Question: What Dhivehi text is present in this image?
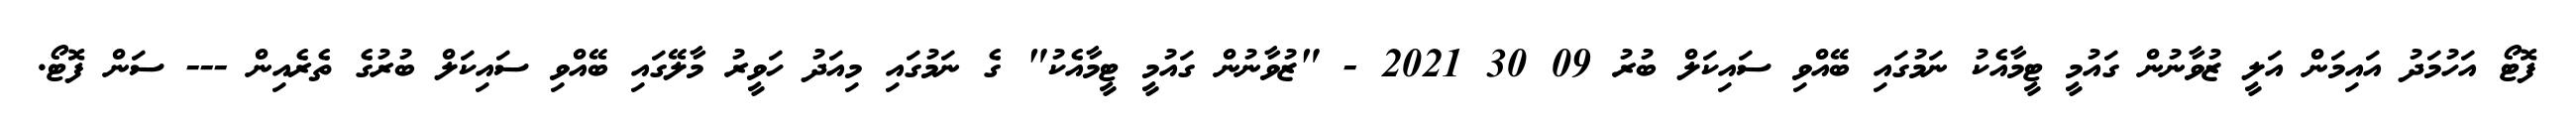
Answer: ފޮޓޯ އަހުމަދު އައިމަން އަލީ ޒުވާނުން ގައުމީ ޓީމާއެކު ނަމުގައި ބޭއްވި ސައިކަލް ބުރު 09 30 2021 - "ޒުވާނުން ގައުމީ ޓީމާއެކު" ގެ ނަމުގައި މިއަދު ހަވީރު މާލޭގައި ބޭއްވި ސައިކަލް ބުރުގެ ތެރެއިން --- ސަން ފޮޓޯ.